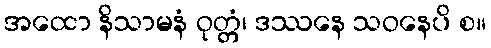
အထော နိသာမနံ ဝုတ္တံ၊ ဒဿနေ သဝနေပိ စ။